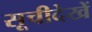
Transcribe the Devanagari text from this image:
सूचीदेखें